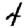
Digit: 4